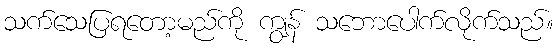
သက်သေပြရတော့မည်ကို ကျွန် သဘောပေါက်လိုက်သည်။